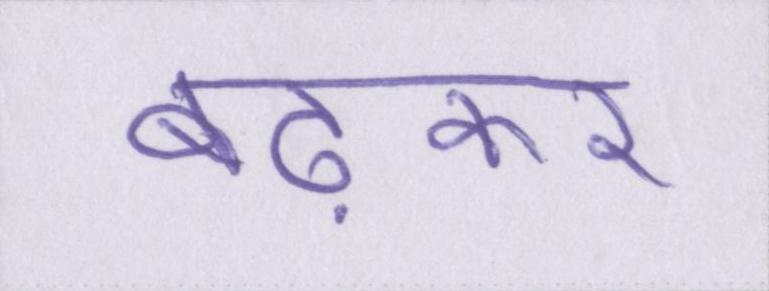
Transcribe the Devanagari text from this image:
बढ़कर